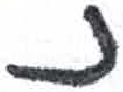
אות: נ